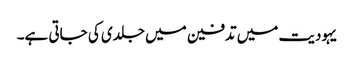
یہودیت میں تدفین میں جلدی کی جاتی ہے۔